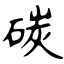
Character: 碳